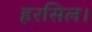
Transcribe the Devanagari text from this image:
हरसिल।